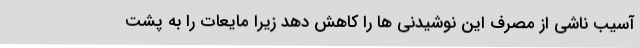
آسیب ناشی از مصرف این نوشیدنی ها را کاهش دهد زیرا مایعات را به پشت